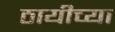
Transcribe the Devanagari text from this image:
ठायीच्या